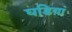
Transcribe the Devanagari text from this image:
घडिय़ां